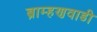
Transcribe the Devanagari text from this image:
ब्राम्हणवाडी